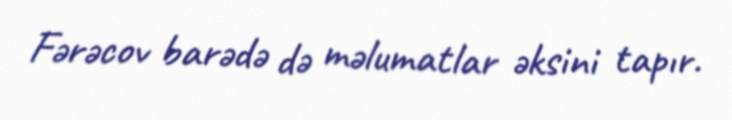
Fərəcov barədə də məlumatlar əksini tapır.